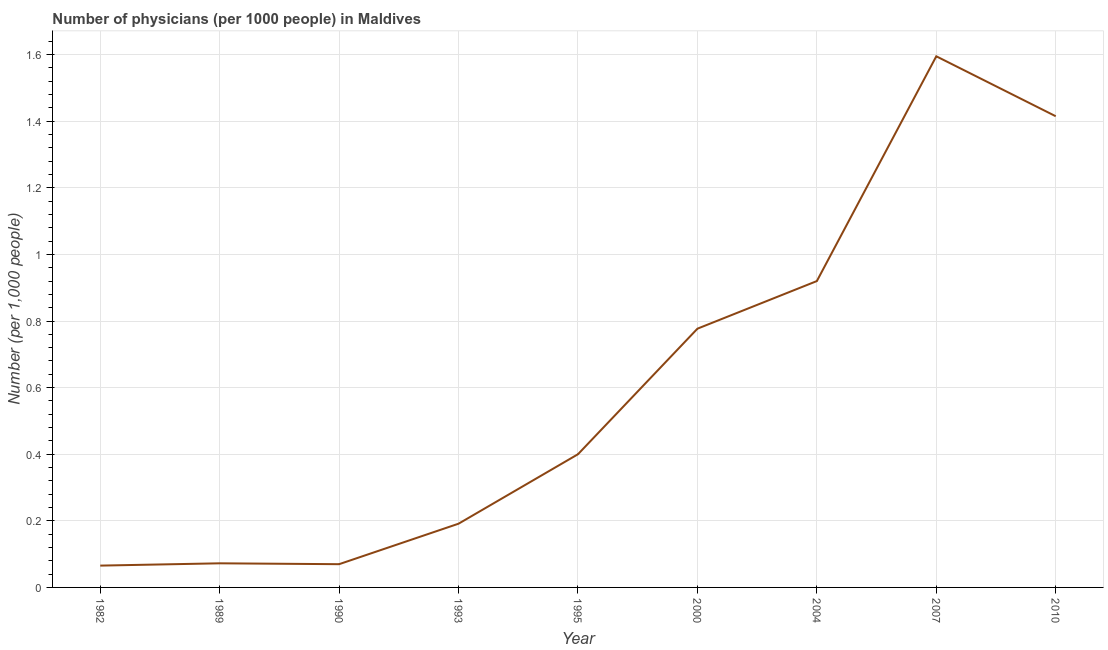
| Year | Physicians |
 | --- | --- |
 | 1982 | 0.0655 |
 | 1989 | 0.0724 |
 | 1990 | 0.0698 |
 | 1993 | 0.191 |
 | 1995 | 0.4 |
 | 2000 | 0.777 |
 | 2004 | 0.92 |
 | 2007 | 1.59 |
 | 2010 | 1.42 |